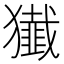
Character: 𤢷